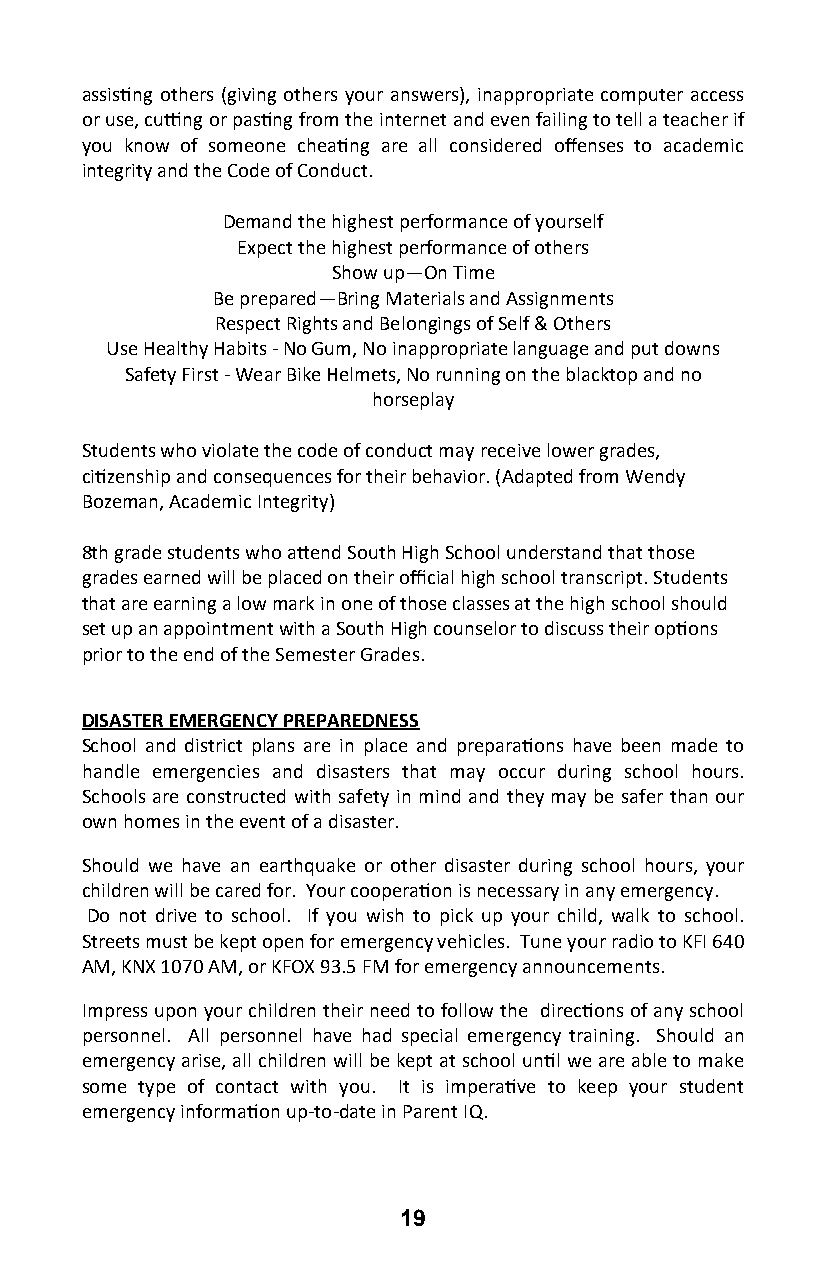
assisting others (giving others your answers), inappropriate computer access
 or use, cutting or pasting from the internet and even failing to tell a teacher if
 you know of someone cheating are all considered offenses to academic
 integrity and the Code of Conduct.
 Demand the highest performance of yourself
 Expect the highest performance of others
 Show up—On Time
 Be prepared—Bring Materials and Assignments
 Respect Rights and Belongings of Self & Others
 Use Healthy Habits - No Gum, No inappropriate language and put downs
 Safety First - Wear Bike Helmets, No running on the blacktop and no
 horseplay
 Students who violate the code of conduct may receive lower grades,
 citizenship and consequences for their behavior. (Adapted from Wendy
 Bozeman, Academic Integrity)
 8th grade students who attend South High School understand that those
 grades earned will be placed on their official high school transcript. Students
 that are earning a low mark in one of those classes at the high school should
 set up an appointment with a South High counselor to discuss their options
 prior to the end of the Semester Grades.
 DISASTER EMERGENCY PREPAREDNESS
 School and district plans are in place and preparations have been made to
 handle emergencies and disasters that may occur during school hours.
 Schools are constructed with safety in mind and they may be safer than our
 own homes in the event of a disaster.
 Should we have an earthquake or other disaster during school hours, your
 children will be cared for. Your cooperation is necessary in any emergency.
 Do not drive to school. If you wish to pick up your child, walk to school.
 Streets must be kept open for emergency vehicles. Tune your radio to KFI 640
 AM, KNX 1070 AM, or KFOX 93.5 FM for emergency announcements.
 Impress upon your children their need to follow the directions of any school
 personnel. All personnel have had special emergency training. Should an
 emergency arise, all children will be kept at school until we are able to make
 some type of contact with you. It is imperative to keep your student
 emergency information up-to-date in Parent IQ.
 19